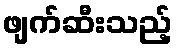
ဖျက်ဆီးသည့်